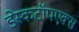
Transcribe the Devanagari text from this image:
डेस्कटॉपएक्स